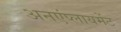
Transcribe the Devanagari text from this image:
अनएंप्लायमेंट